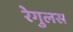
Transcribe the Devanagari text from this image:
रेगुलस